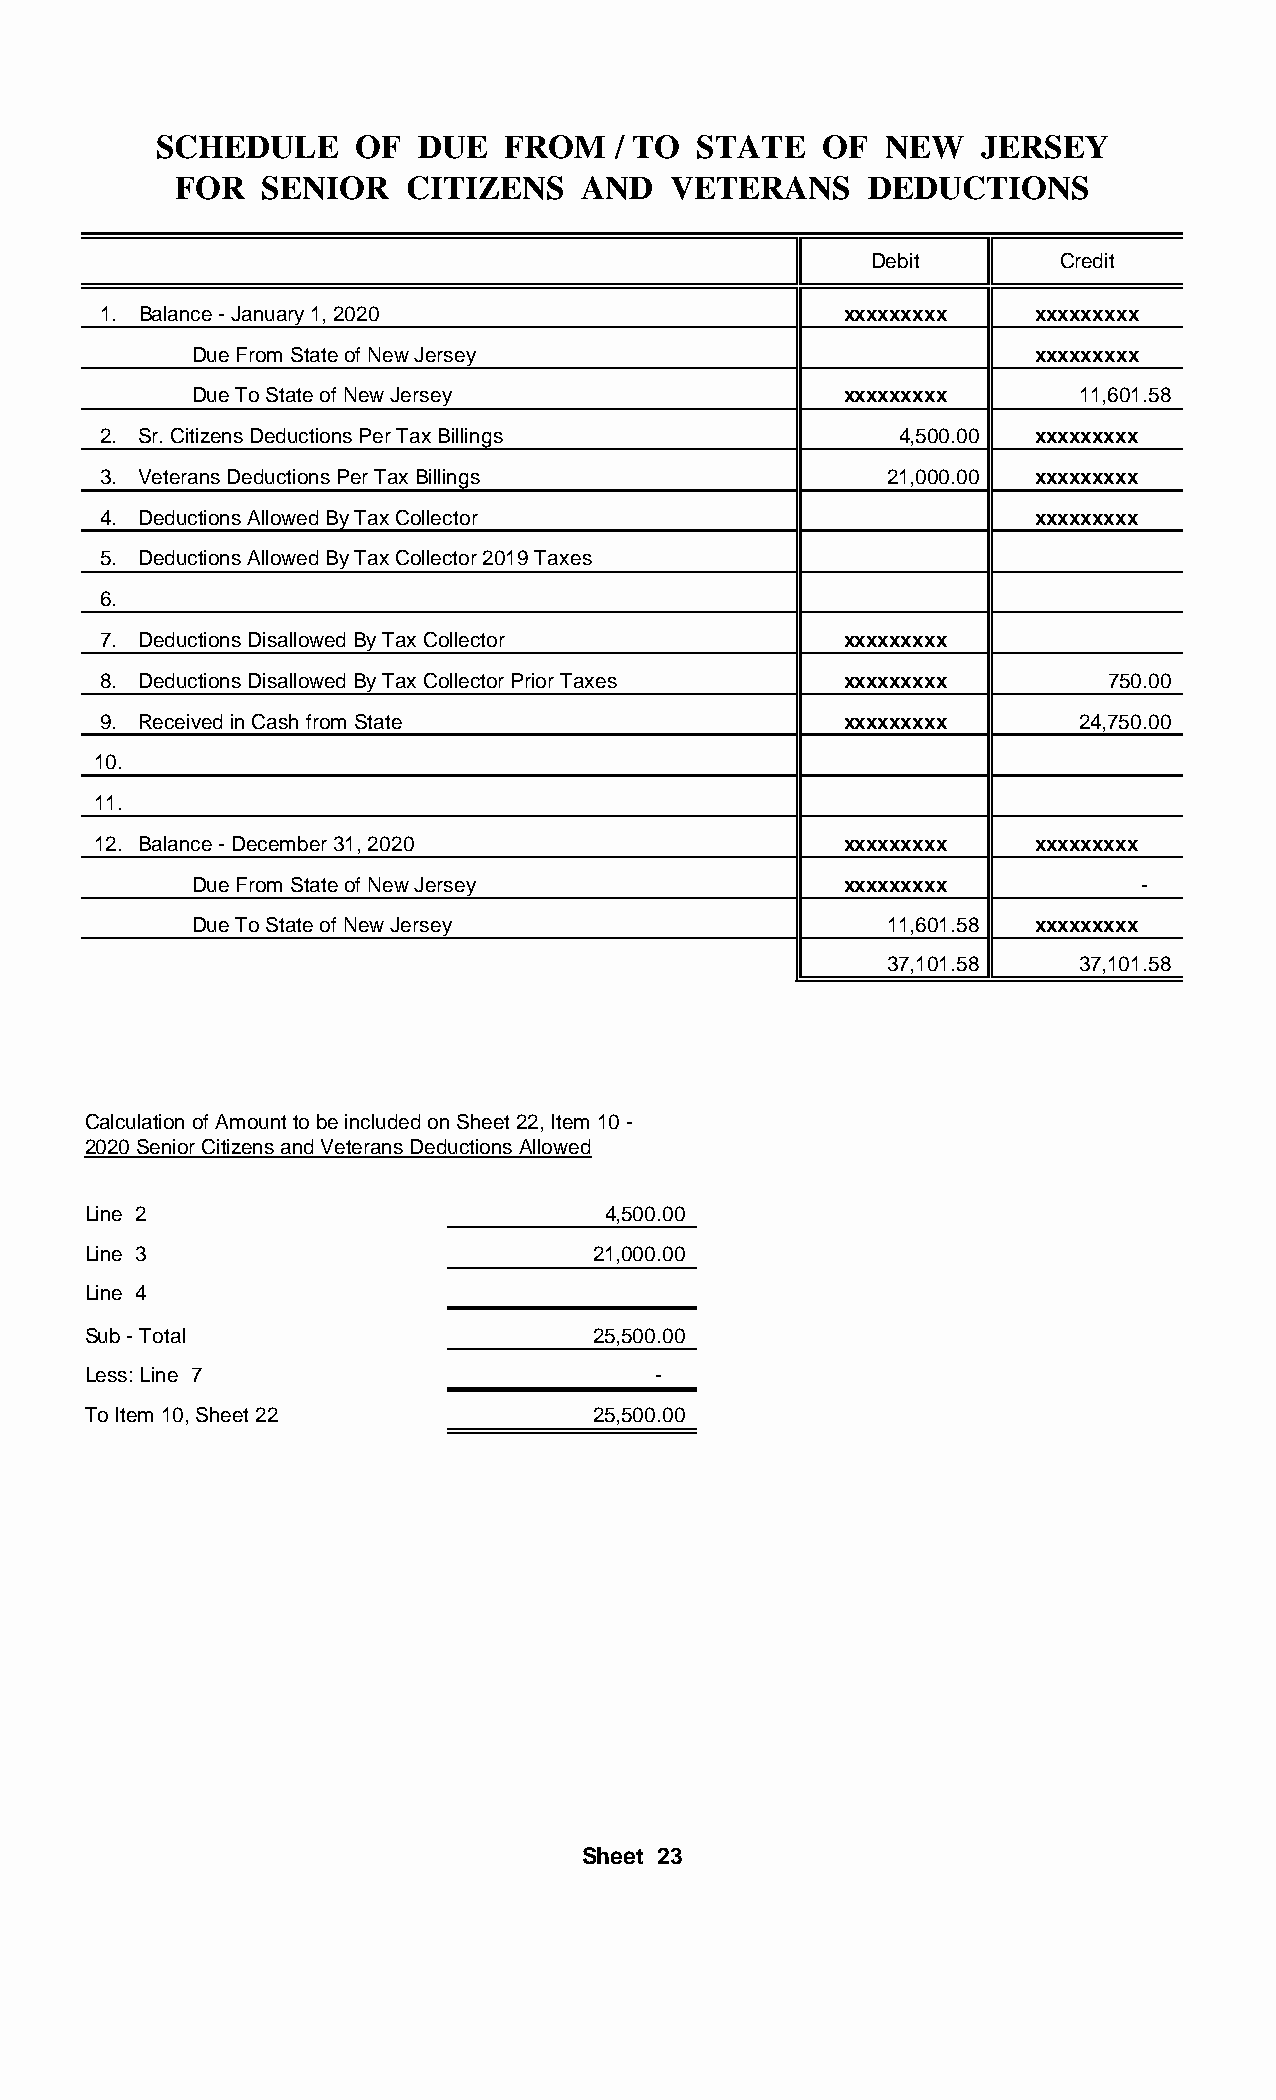
SCHEDULE     OF  DUE   FROM   / TO  STATE   OF  NEW    JERSEY
 FOR   SENIOR    CITIZENS   AND   VETERANS     DEDUCTIONS
 Debit        Credit
 1. Balance - January 1, 2020                     xxxxxxxxx    xxxxxxxxx
 Due From State of New Jersey                            xxxxxxxxx
 Due To State of New Jersey                 xxxxxxxxx       11,601.58
 2. Sr. Citizens Deductions Per Tax Billings          4,500.00 xxxxxxxxx
 3. Veterans Deductions Per Tax Billings             21,000.00 xxxxxxxxx
 4. Deductions Allowed By Tax Collector                        xxxxxxxxx
 5. Deductions Allowed By Tax Collector 2019 Taxes
 6.
 7. Deductions Disallowed By Tax Collector        xxxxxxxxx
 8. Deductions Disallowed By Tax Collector Prior Taxes xxxxxxxxx    750.00
 9. Received in Cash from State                   xxxxxxxxx       24,750.00
 10.
 11.
 12. Balance - December 31, 2020                  xxxxxxxxx    xxxxxxxxx
 Due From State of New Jersey               xxxxxxxxx           -
 Due To State of New Jersey                    11,601.58 xxxxxxxxx
 37,101.58    37,101.58
 Calculation of Amount to be included on Sheet 22, Item 10 -
 2020 Senior Citizens and Veterans Deductions Allowed
 Line 2                             4,500.00
 Line 3                            21,000.00
 Line 4
 Sub - Total                       25,500.00
 Less: Line 7                          -
 To Item 10, Sheet 22              25,500.00
 Sheet 23